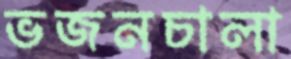
ভজনচালা